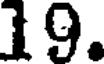
19.